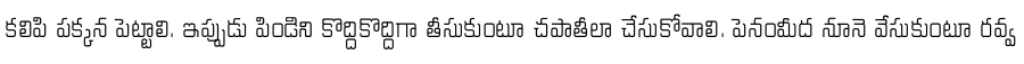
కలిపి పక్కన పెట్టాలి. ఇప్పుడు పిండిని కొద్దికొద్దిగా తీసుకుంటూ చపాతీలా చేసుకోవాలి. పెనంమీద నూనె వేసుకుంటూ రవ్వ